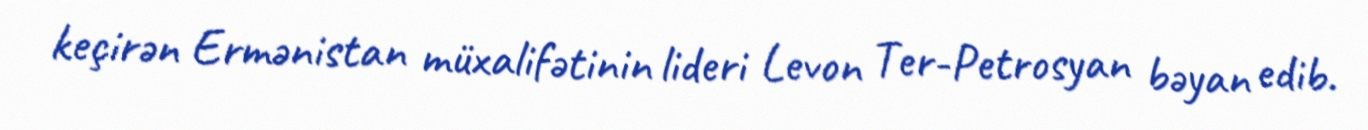
keçirən Ermənistan müxalifətinin lideri Levon Ter-Petrosyan bəyan edib.